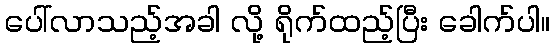
ပေါ်လာသည့်အခါ လို့ ရိုက်ထည့်ပြီး ခေါက်ပါ။